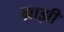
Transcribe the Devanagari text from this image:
ग्राझी